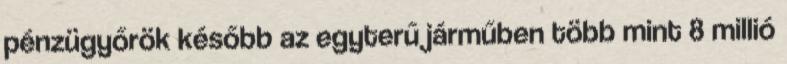
pénzügyőrök később az egyterű járműben több mint 8 millió